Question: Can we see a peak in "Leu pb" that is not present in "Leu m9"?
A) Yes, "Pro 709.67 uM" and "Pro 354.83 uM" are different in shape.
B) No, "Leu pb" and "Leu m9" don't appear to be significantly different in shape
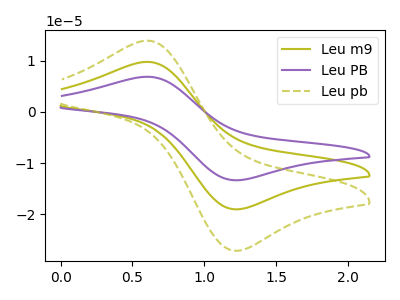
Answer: <think>The olive curve "Leu m9" has an anodic peak at (0.60V, 9.75uA) and a cathodic peak at (1.25V, -19.05uA). The purple curve "Leu PB" has an anodic peak at (0.60V, 19.50uA) and a cathodic peak at (1.25V, -38.05uA). The olive dashed curve "Leu pb" has an anodic peak at (0.60V, 13.90uA) and a cathodic peak at (1.25V, -27.10uA).
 All the peaks in "Leu pb" have a peak in "Leu m9" at the same potential. Every peak in "Leu pb" is higher than every peak in "Leu m9".</think>
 <answer>B) No, "Leu pb" and "Leu m9" don't appear to be significantly different in shape</answer>
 <eval>B</eval>